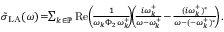
\begin{array} { r } { \tilde { \sigma } _ { \mathrm { L A } } ( \omega ) \! = \! \! \sum _ { k \in \mathbb { P } } \operatorname { R e } \! \left( \! \frac { 1 } { \omega _ { k } \Phi _ { 2 } \omega _ { k } ^ { + } } \! \! \right) \! \! \left( \! \frac { i \omega _ { k } ^ { + } } { \omega - \omega _ { k } ^ { + } } \! - \! \frac { ( i \omega _ { k } ^ { + } ) ^ { * } } { \omega - ( - \omega _ { k } ^ { + } ) ^ { * } } \! \! \right) . } \end{array}